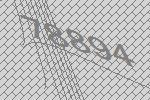
78894